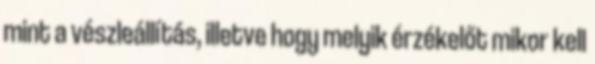
mint a vészleállítás, illetve hogy melyik érzékelőt mikor kell